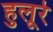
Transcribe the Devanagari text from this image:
हुलूरे